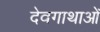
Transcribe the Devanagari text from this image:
देवगाथाओं